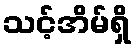
သင့်အိမ်ရှိ